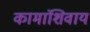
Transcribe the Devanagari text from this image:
कामांशिवाय